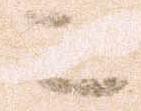
二